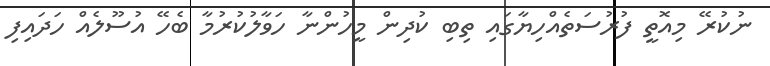
ނުކުރޭ މިއޮތީ ފުރުސަތެއްހިޔާގައި ތިބި ކުދިން މީހުންނާ ހަވާލުކުރުމާ ބެހޭ އުސޫލެއް ހަދައިފި